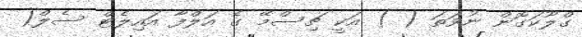
ގްލޫކަގޮން ނުވަތަ ( ) އަކީ ޗިސްމޭ ގެ އަލްފާ އައިލެޓް ސެލް(